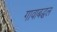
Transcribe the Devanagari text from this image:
गावाबद्धल